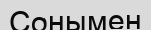
Сонымен